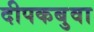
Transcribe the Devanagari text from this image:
दीपकबुवा